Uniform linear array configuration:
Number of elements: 24
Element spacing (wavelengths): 1
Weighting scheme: kaiser
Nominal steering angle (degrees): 30
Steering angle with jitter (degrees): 28.689
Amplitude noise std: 0.05
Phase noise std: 0.05

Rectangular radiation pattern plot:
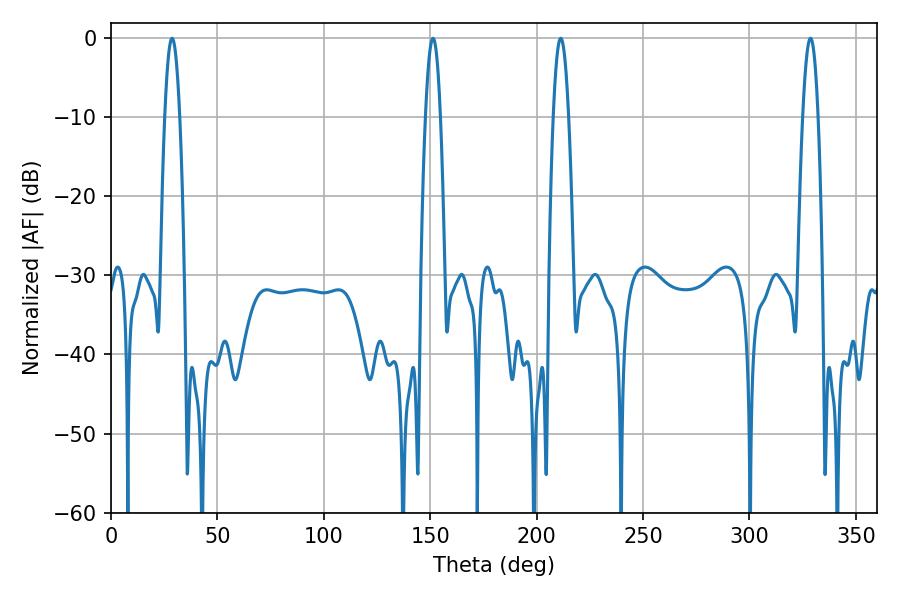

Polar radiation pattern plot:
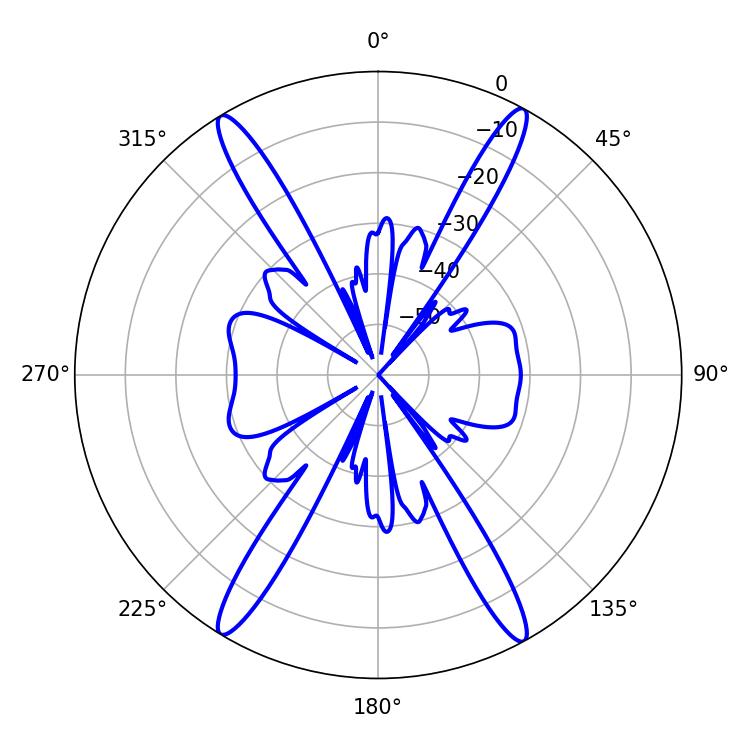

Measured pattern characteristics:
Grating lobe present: TRUE
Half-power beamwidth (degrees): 3.96
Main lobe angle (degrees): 211.32